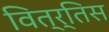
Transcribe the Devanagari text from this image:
वित्र्तिस